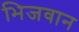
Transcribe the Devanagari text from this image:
भिजवान